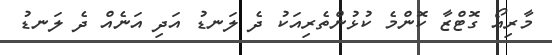
މާރިއޯ ގޮޓްޒާ ކޮންމެ ކުޅުންތެރިއަކު ދެ ލަނޑު އަދި އަނެއް ދެ ލަނޑު